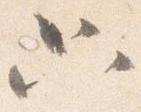
只